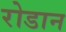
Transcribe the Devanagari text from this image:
रोडान